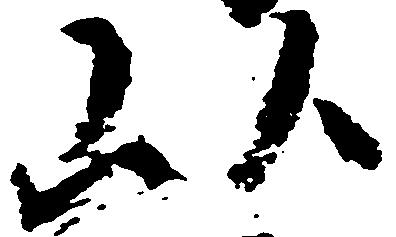
以